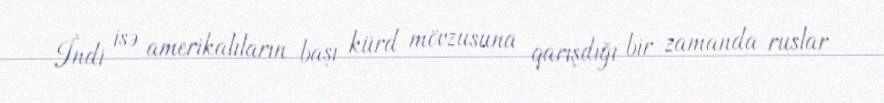
İndi isə amerikalıların başı kürd mövzusuna qarışdığı bir zamanda ruslar